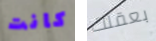
كانت بعقلك